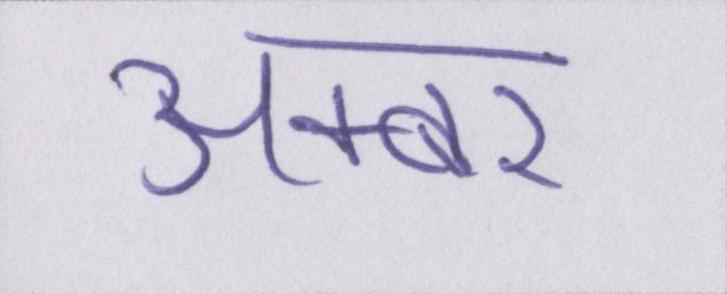
अक्बर